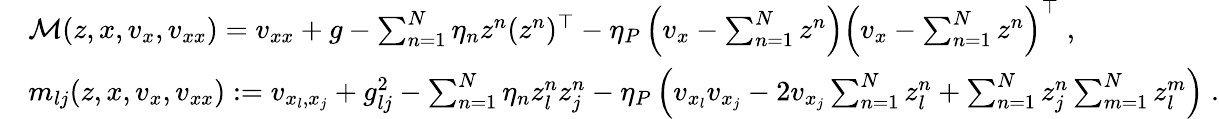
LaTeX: \begin{array}{rl}&{\mathcal{M}(z,x,v_{x},v_{xx})=v_{xx}+g-\sum_{n=1}^{N}\eta_{n}z^{n}(z^{n})^{\top}-\eta_{P}\left(v_{x}-\sum_{n=1}^{N}z^{n}\right)\left(v_{x}-\sum_{n=1}^{N}z^{n}\right)^{\top}\; ,}\\ &{m_{lj}(z,x,v_{x},v_{xx}):=v_{x_{l},x_{j}}+g_{lj}^{2}-\sum_{n=1}^{N}\eta_{n}z_{l}^{n}z_{j}^{n}-\eta_{P}\left(v_{x_{l}}v_{x_{j}}-2v_{x_{j}}\sum_{n=1}^{N}z_{l}^{n}+\sum_{n=1}^{N}z_{j}^{n}\sum_{m=1}^{N}z_{l}^{m}\right)\; .}\end{array}